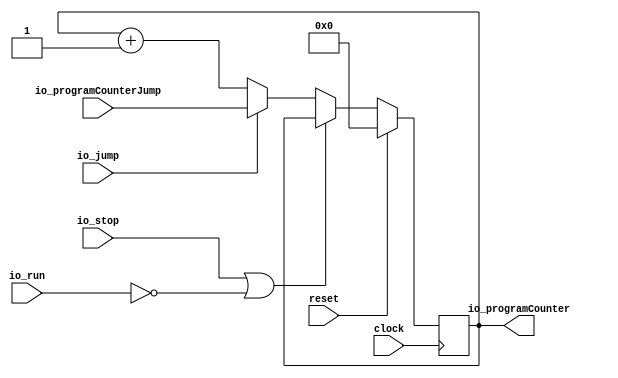
module ProgramCounter(
  input         clock,
  input         reset,
  input         io_stop,
  input         io_jump,
  input         io_run,
  input  [15:0] io_programCounterJump,
  output [15:0] io_programCounter
);
`ifdef RANDOMIZE_REG_INIT
  reg [31:0] _RAND_0;
`endif // RANDOMIZE_REG_INIT
  reg [15:0] finReg; // @[ProgramCounter.scala 15:23]
  wire  _T = ~io_run; // @[ProgramCounter.scala 17:29]
  wire  _T_1 = io_stop | _T; // @[ProgramCounter.scala 17:25]
  wire [15:0] _T_3 = finReg + 16'h1; // @[ProgramCounter.scala 17:90]
  assign io_programCounter = finReg; // @[ProgramCounter.scala 18:21]
`ifdef RANDOMIZE_GARBAGE_ASSIGN
`define RANDOMIZE
`endif
`ifdef RANDOMIZE_INVALID_ASSIGN
`define RANDOMIZE
`endif
`ifdef RANDOMIZE_REG_INIT
`define RANDOMIZE
`endif
`ifdef RANDOMIZE_MEM_INIT
`define RANDOMIZE
`endif
`ifndef RANDOM
`define RANDOM $random
`endif
`ifdef RANDOMIZE_MEM_INIT
  integer initvar;
`endif
`ifndef SYNTHESIS
`ifdef FIRRTL_BEFORE_INITIAL
`FIRRTL_BEFORE_INITIAL
`endif
initial begin
  `ifdef RANDOMIZE
    `ifdef INIT_RANDOM
      `INIT_RANDOM
    `endif
    `ifndef VERILATOR
      `ifdef RANDOMIZE_DELAY
        #`RANDOMIZE_DELAY begin end
      `else
        #0.002 begin end
      `endif
    `endif
`ifdef RANDOMIZE_REG_INIT
  _RAND_0 = {1{`RANDOM}};
  finReg = _RAND_0[15:0];
`endif // RANDOMIZE_REG_INIT
  `endif // RANDOMIZE
end // initial
`ifdef FIRRTL_AFTER_INITIAL
`FIRRTL_AFTER_INITIAL
`endif
`endif // SYNTHESIS
  always @(posedge clock) begin
    if (reset) begin
      finReg <= 16'h0;
    end else if (!(_T_1)) begin
      if (io_jump) begin
        finReg <= io_programCounterJump;
      end else begin
        finReg <= _T_3;
      end
    end
  end
endmodule
module DataMemory(
  input         clock,
  input  [15:0] io_address,
  output [31:0] io_dataRead,
  input         io_writeEnable,
  input  [31:0] io_dataWrite,
  input         io_testerEnable,
  input  [15:0] io_testerAddress,
  output [31:0] io_testerDataRead,
  input         io_testerWriteEnable,
  input  [31:0] io_testerDataWrite
);
`ifdef RANDOMIZE_MEM_INIT
  reg [31:0] _RAND_0;
`endif // RANDOMIZE_MEM_INIT
  reg [31:0] memory [0:65535]; // @[DataMemory.scala 18:20]
  wire [31:0] memory__T_data; // @[DataMemory.scala 18:20]
  wire [15:0] memory__T_addr; // @[DataMemory.scala 18:20]
  wire [31:0] memory__T_2_data; // @[DataMemory.scala 18:20]
  wire [15:0] memory__T_2_addr; // @[DataMemory.scala 18:20]
  wire [31:0] memory__T_1_data; // @[DataMemory.scala 18:20]
  wire [15:0] memory__T_1_addr; // @[DataMemory.scala 18:20]
  wire  memory__T_1_mask; // @[DataMemory.scala 18:20]
  wire  memory__T_1_en; // @[DataMemory.scala 18:20]
  wire [31:0] memory__T_3_data; // @[DataMemory.scala 18:20]
  wire [15:0] memory__T_3_addr; // @[DataMemory.scala 18:20]
  wire  memory__T_3_mask; // @[DataMemory.scala 18:20]
  wire  memory__T_3_en; // @[DataMemory.scala 18:20]
  wire [31:0] _GEN_5 = io_testerWriteEnable ? io_testerDataWrite : memory__T_data; // @[DataMemory.scala 24:32]
  wire [31:0] _GEN_11 = io_writeEnable ? io_dataWrite : memory__T_2_data; // @[DataMemory.scala 32:26]
  assign memory__T_addr = io_testerAddress;
  assign memory__T_data = memory[memory__T_addr]; // @[DataMemory.scala 18:20]
  assign memory__T_2_addr = io_address;
  assign memory__T_2_data = memory[memory__T_2_addr]; // @[DataMemory.scala 18:20]
  assign memory__T_1_data = io_testerDataWrite;
  assign memory__T_1_addr = io_testerAddress;
  assign memory__T_1_mask = 1'h1;
  assign memory__T_1_en = io_testerEnable & io_testerWriteEnable;
  assign memory__T_3_data = io_dataWrite;
  assign memory__T_3_addr = io_address;
  assign memory__T_3_mask = 1'h1;
  assign memory__T_3_en = io_testerEnable ? 1'h0 : io_writeEnable;
  assign io_dataRead = io_testerEnable ? 32'h0 : _GEN_11; // @[DataMemory.scala 23:17 DataMemory.scala 30:17 DataMemory.scala 34:19]
  assign io_testerDataRead = io_testerEnable ? _GEN_5 : 32'h0; // @[DataMemory.scala 22:23 DataMemory.scala 26:25 DataMemory.scala 31:23]
`ifdef RANDOMIZE_GARBAGE_ASSIGN
`define RANDOMIZE
`endif
`ifdef RANDOMIZE_INVALID_ASSIGN
`define RANDOMIZE
`endif
`ifdef RANDOMIZE_REG_INIT
`define RANDOMIZE
`endif
`ifdef RANDOMIZE_MEM_INIT
`define RANDOMIZE
`endif
`ifndef RANDOM
`define RANDOM $random
`endif
`ifdef RANDOMIZE_MEM_INIT
  integer initvar;
`endif
`ifndef SYNTHESIS
`ifdef FIRRTL_BEFORE_INITIAL
`FIRRTL_BEFORE_INITIAL
`endif
initial begin
  `ifdef RANDOMIZE
    `ifdef INIT_RANDOM
      `INIT_RANDOM
    `endif
    `ifndef VERILATOR
      `ifdef RANDOMIZE_DELAY
        #`RANDOMIZE_DELAY begin end
      `else
        #0.002 begin end
      `endif
    `endif
`ifdef RANDOMIZE_MEM_INIT
  _RAND_0 = {1{`RANDOM}};
  for (initvar = 0; initvar < 65536; initvar = initvar+1)
    memory[initvar] = _RAND_0[31:0];
`endif // RANDOMIZE_MEM_INIT
  `endif // RANDOMIZE
end // initial
`ifdef FIRRTL_AFTER_INITIAL
`FIRRTL_AFTER_INITIAL
`endif
`endif // SYNTHESIS
  always @(posedge clock) begin
    if(memory__T_1_en & memory__T_1_mask) begin
      memory[memory__T_1_addr] <= memory__T_1_data; // @[DataMemory.scala 18:20]
    end
    if(memory__T_3_en & memory__T_3_mask) begin
      memory[memory__T_3_addr] <= memory__T_3_data; // @[DataMemory.scala 18:20]
    end
  end
endmodule
module ProgramMemory(
  input         clock,
  input  [15:0] io_address,
  output [31:0] io_instructionRead,
  input         io_testerEnable,
  input  [15:0] io_testerAddress,
  output [31:0] io_testerDataRead,
  input         io_testerWriteEnable,
  input  [31:0] io_testerDataWrite
);
`ifdef RANDOMIZE_MEM_INIT
  reg [31:0] _RAND_0;
`endif // RANDOMIZE_MEM_INIT
  reg [31:0] memory [0:65535]; // @[ProgramMemory.scala 16:20]
  wire [31:0] memory__T_data; // @[ProgramMemory.scala 16:20]
  wire [15:0] memory__T_addr; // @[ProgramMemory.scala 16:20]
  wire [31:0] memory__T_2_data; // @[ProgramMemory.scala 16:20]
  wire [15:0] memory__T_2_addr; // @[ProgramMemory.scala 16:20]
  wire [31:0] memory__T_1_data; // @[ProgramMemory.scala 16:20]
  wire [15:0] memory__T_1_addr; // @[ProgramMemory.scala 16:20]
  wire  memory__T_1_mask; // @[ProgramMemory.scala 16:20]
  wire  memory__T_1_en; // @[ProgramMemory.scala 16:20]
  wire [31:0] _GEN_5 = io_testerWriteEnable ? io_testerDataWrite : memory__T_data; // @[ProgramMemory.scala 22:32]
  assign memory__T_addr = io_testerAddress;
  assign memory__T_data = memory[memory__T_addr]; // @[ProgramMemory.scala 16:20]
  assign memory__T_2_addr = io_address;
  assign memory__T_2_data = memory[memory__T_2_addr]; // @[ProgramMemory.scala 16:20]
  assign memory__T_1_data = io_testerDataWrite;
  assign memory__T_1_addr = io_testerAddress;
  assign memory__T_1_mask = 1'h1;
  assign memory__T_1_en = io_testerEnable & io_testerWriteEnable;
  assign io_instructionRead = io_testerEnable ? 32'h0 : memory__T_2_data; // @[ProgramMemory.scala 21:24 ProgramMemory.scala 28:24]
  assign io_testerDataRead = io_testerEnable ? _GEN_5 : 32'h0; // @[ProgramMemory.scala 20:23 ProgramMemory.scala 24:25 ProgramMemory.scala 29:23]
`ifdef RANDOMIZE_GARBAGE_ASSIGN
`define RANDOMIZE
`endif
`ifdef RANDOMIZE_INVALID_ASSIGN
`define RANDOMIZE
`endif
`ifdef RANDOMIZE_REG_INIT
`define RANDOMIZE
`endif
`ifdef RANDOMIZE_MEM_INIT
`define RANDOMIZE
`endif
`ifndef RANDOM
`define RANDOM $random
`endif
`ifdef RANDOMIZE_MEM_INIT
  integer initvar;
`endif
`ifndef SYNTHESIS
`ifdef FIRRTL_BEFORE_INITIAL
`FIRRTL_BEFORE_INITIAL
`endif
initial begin
  `ifdef RANDOMIZE
    `ifdef INIT_RANDOM
      `INIT_RANDOM
    `endif
    `ifndef VERILATOR
      `ifdef RANDOMIZE_DELAY
        #`RANDOMIZE_DELAY begin end
      `else
        #0.002 begin end
      `endif
    `endif
`ifdef RANDOMIZE_MEM_INIT
  _RAND_0 = {1{`RANDOM}};
  for (initvar = 0; initvar < 65536; initvar = initvar+1)
    memory[initvar] = _RAND_0[31:0];
`endif // RANDOMIZE_MEM_INIT
  `endif // RANDOMIZE
end // initial
`ifdef FIRRTL_AFTER_INITIAL
`FIRRTL_AFTER_INITIAL
`endif
`endif // SYNTHESIS
  always @(posedge clock) begin
    if(memory__T_1_en & memory__T_1_mask) begin
      memory[memory__T_1_addr] <= memory__T_1_data; // @[ProgramMemory.scala 16:20]
    end
  end
endmodule
module RegisterFile(
  input         clock,
  input  [4:0]  io_readReg1,
  input  [4:0]  io_readReg2,
  input         io_regWrite,
  input  [31:0] io_writeData,
  input  [4:0]  io_writeReg,
  output [31:0] io_readData1,
  output [31:0] io_readData2
);
`ifdef RANDOMIZE_REG_INIT
  reg [31:0] _RAND_0;
  reg [31:0] _RAND_1;
  reg [31:0] _RAND_2;
  reg [31:0] _RAND_3;
  reg [31:0] _RAND_4;
  reg [31:0] _RAND_5;
  reg [31:0] _RAND_6;
  reg [31:0] _RAND_7;
  reg [31:0] _RAND_8;
  reg [31:0] _RAND_9;
  reg [31:0] _RAND_10;
  reg [31:0] _RAND_11;
  reg [31:0] _RAND_12;
  reg [31:0] _RAND_13;
  reg [31:0] _RAND_14;
  reg [31:0] _RAND_15;
`endif // RANDOMIZE_REG_INIT
  reg [31:0] registerFile_0; // @[RegisterFile.scala 20:27]
  reg [31:0] registerFile_1; // @[RegisterFile.scala 20:27]
  reg [31:0] registerFile_2; // @[RegisterFile.scala 20:27]
  reg [31:0] registerFile_3; // @[RegisterFile.scala 20:27]
  reg [31:0] registerFile_4; // @[RegisterFile.scala 20:27]
  reg [31:0] registerFile_5; // @[RegisterFile.scala 20:27]
  reg [31:0] registerFile_6; // @[RegisterFile.scala 20:27]
  reg [31:0] registerFile_7; // @[RegisterFile.scala 20:27]
  reg [31:0] registerFile_8; // @[RegisterFile.scala 20:27]
  reg [31:0] registerFile_9; // @[RegisterFile.scala 20:27]
  reg [31:0] registerFile_10; // @[RegisterFile.scala 20:27]
  reg [31:0] registerFile_11; // @[RegisterFile.scala 20:27]
  reg [31:0] registerFile_12; // @[RegisterFile.scala 20:27]
  reg [31:0] registerFile_13; // @[RegisterFile.scala 20:27]
  reg [31:0] registerFile_14; // @[RegisterFile.scala 20:27]
  reg [31:0] registerFile_15; // @[RegisterFile.scala 20:27]
  wire [31:0] _GEN_1 = 4'h1 == io_readReg1[3:0] ? registerFile_1 : registerFile_0; // @[RegisterFile.scala 22:16]
  wire [31:0] _GEN_2 = 4'h2 == io_readReg1[3:0] ? registerFile_2 : _GEN_1; // @[RegisterFile.scala 22:16]
  wire [31:0] _GEN_3 = 4'h3 == io_readReg1[3:0] ? registerFile_3 : _GEN_2; // @[RegisterFile.scala 22:16]
  wire [31:0] _GEN_4 = 4'h4 == io_readReg1[3:0] ? registerFile_4 : _GEN_3; // @[RegisterFile.scala 22:16]
  wire [31:0] _GEN_5 = 4'h5 == io_readReg1[3:0] ? registerFile_5 : _GEN_4; // @[RegisterFile.scala 22:16]
  wire [31:0] _GEN_6 = 4'h6 == io_readReg1[3:0] ? registerFile_6 : _GEN_5; // @[RegisterFile.scala 22:16]
  wire [31:0] _GEN_7 = 4'h7 == io_readReg1[3:0] ? registerFile_7 : _GEN_6; // @[RegisterFile.scala 22:16]
  wire [31:0] _GEN_8 = 4'h8 == io_readReg1[3:0] ? registerFile_8 : _GEN_7; // @[RegisterFile.scala 22:16]
  wire [31:0] _GEN_9 = 4'h9 == io_readReg1[3:0] ? registerFile_9 : _GEN_8; // @[RegisterFile.scala 22:16]
  wire [31:0] _GEN_10 = 4'ha == io_readReg1[3:0] ? registerFile_10 : _GEN_9; // @[RegisterFile.scala 22:16]
  wire [31:0] _GEN_11 = 4'hb == io_readReg1[3:0] ? registerFile_11 : _GEN_10; // @[RegisterFile.scala 22:16]
  wire [31:0] _GEN_12 = 4'hc == io_readReg1[3:0] ? registerFile_12 : _GEN_11; // @[RegisterFile.scala 22:16]
  wire [31:0] _GEN_13 = 4'hd == io_readReg1[3:0] ? registerFile_13 : _GEN_12; // @[RegisterFile.scala 22:16]
  wire [31:0] _GEN_14 = 4'he == io_readReg1[3:0] ? registerFile_14 : _GEN_13; // @[RegisterFile.scala 22:16]
  wire [31:0] _GEN_17 = 4'h1 == io_readReg2[3:0] ? registerFile_1 : registerFile_0; // @[RegisterFile.scala 23:16]
  wire [31:0] _GEN_18 = 4'h2 == io_readReg2[3:0] ? registerFile_2 : _GEN_17; // @[RegisterFile.scala 23:16]
  wire [31:0] _GEN_19 = 4'h3 == io_readReg2[3:0] ? registerFile_3 : _GEN_18; // @[RegisterFile.scala 23:16]
  wire [31:0] _GEN_20 = 4'h4 == io_readReg2[3:0] ? registerFile_4 : _GEN_19; // @[RegisterFile.scala 23:16]
  wire [31:0] _GEN_21 = 4'h5 == io_readReg2[3:0] ? registerFile_5 : _GEN_20; // @[RegisterFile.scala 23:16]
  wire [31:0] _GEN_22 = 4'h6 == io_readReg2[3:0] ? registerFile_6 : _GEN_21; // @[RegisterFile.scala 23:16]
  wire [31:0] _GEN_23 = 4'h7 == io_readReg2[3:0] ? registerFile_7 : _GEN_22; // @[RegisterFile.scala 23:16]
  wire [31:0] _GEN_24 = 4'h8 == io_readReg2[3:0] ? registerFile_8 : _GEN_23; // @[RegisterFile.scala 23:16]
  wire [31:0] _GEN_25 = 4'h9 == io_readReg2[3:0] ? registerFile_9 : _GEN_24; // @[RegisterFile.scala 23:16]
  wire [31:0] _GEN_26 = 4'ha == io_readReg2[3:0] ? registerFile_10 : _GEN_25; // @[RegisterFile.scala 23:16]
  wire [31:0] _GEN_27 = 4'hb == io_readReg2[3:0] ? registerFile_11 : _GEN_26; // @[RegisterFile.scala 23:16]
  wire [31:0] _GEN_28 = 4'hc == io_readReg2[3:0] ? registerFile_12 : _GEN_27; // @[RegisterFile.scala 23:16]
  wire [31:0] _GEN_29 = 4'hd == io_readReg2[3:0] ? registerFile_13 : _GEN_28; // @[RegisterFile.scala 23:16]
  wire [31:0] _GEN_30 = 4'he == io_readReg2[3:0] ? registerFile_14 : _GEN_29; // @[RegisterFile.scala 23:16]
  assign io_readData1 = 4'hf == io_readReg1[3:0] ? registerFile_15 : _GEN_14; // @[RegisterFile.scala 22:16]
  assign io_readData2 = 4'hf == io_readReg2[3:0] ? registerFile_15 : _GEN_30; // @[RegisterFile.scala 23:16]
`ifdef RANDOMIZE_GARBAGE_ASSIGN
`define RANDOMIZE
`endif
`ifdef RANDOMIZE_INVALID_ASSIGN
`define RANDOMIZE
`endif
`ifdef RANDOMIZE_REG_INIT
`define RANDOMIZE
`endif
`ifdef RANDOMIZE_MEM_INIT
`define RANDOMIZE
`endif
`ifndef RANDOM
`define RANDOM $random
`endif
`ifdef RANDOMIZE_MEM_INIT
  integer initvar;
`endif
`ifndef SYNTHESIS
`ifdef FIRRTL_BEFORE_INITIAL
`FIRRTL_BEFORE_INITIAL
`endif
initial begin
  `ifdef RANDOMIZE
    `ifdef INIT_RANDOM
      `INIT_RANDOM
    `endif
    `ifndef VERILATOR
      `ifdef RANDOMIZE_DELAY
        #`RANDOMIZE_DELAY begin end
      `else
        #0.002 begin end
      `endif
    `endif
`ifdef RANDOMIZE_REG_INIT
  _RAND_0 = {1{`RANDOM}};
  registerFile_0 = _RAND_0[31:0];
  _RAND_1 = {1{`RANDOM}};
  registerFile_1 = _RAND_1[31:0];
  _RAND_2 = {1{`RANDOM}};
  registerFile_2 = _RAND_2[31:0];
  _RAND_3 = {1{`RANDOM}};
  registerFile_3 = _RAND_3[31:0];
  _RAND_4 = {1{`RANDOM}};
  registerFile_4 = _RAND_4[31:0];
  _RAND_5 = {1{`RANDOM}};
  registerFile_5 = _RAND_5[31:0];
  _RAND_6 = {1{`RANDOM}};
  registerFile_6 = _RAND_6[31:0];
  _RAND_7 = {1{`RANDOM}};
  registerFile_7 = _RAND_7[31:0];
  _RAND_8 = {1{`RANDOM}};
  registerFile_8 = _RAND_8[31:0];
  _RAND_9 = {1{`RANDOM}};
  registerFile_9 = _RAND_9[31:0];
  _RAND_10 = {1{`RANDOM}};
  registerFile_10 = _RAND_10[31:0];
  _RAND_11 = {1{`RANDOM}};
  registerFile_11 = _RAND_11[31:0];
  _RAND_12 = {1{`RANDOM}};
  registerFile_12 = _RAND_12[31:0];
  _RAND_13 = {1{`RANDOM}};
  registerFile_13 = _RAND_13[31:0];
  _RAND_14 = {1{`RANDOM}};
  registerFile_14 = _RAND_14[31:0];
  _RAND_15 = {1{`RANDOM}};
  registerFile_15 = _RAND_15[31:0];
`endif // RANDOMIZE_REG_INIT
  `endif // RANDOMIZE
end // initial
`ifdef FIRRTL_AFTER_INITIAL
`FIRRTL_AFTER_INITIAL
`endif
`endif // SYNTHESIS
  always @(posedge clock) begin
    if (io_regWrite) begin
      if (4'h0 == io_writeReg[3:0]) begin
        registerFile_0 <= io_writeData;
      end
    end
    if (io_regWrite) begin
      if (4'h1 == io_writeReg[3:0]) begin
        registerFile_1 <= io_writeData;
      end
    end
    if (io_regWrite) begin
      if (4'h2 == io_writeReg[3:0]) begin
        registerFile_2 <= io_writeData;
      end
    end
    if (io_regWrite) begin
      if (4'h3 == io_writeReg[3:0]) begin
        registerFile_3 <= io_writeData;
      end
    end
    if (io_regWrite) begin
      if (4'h4 == io_writeReg[3:0]) begin
        registerFile_4 <= io_writeData;
      end
    end
    if (io_regWrite) begin
      if (4'h5 == io_writeReg[3:0]) begin
        registerFile_5 <= io_writeData;
      end
    end
    if (io_regWrite) begin
      if (4'h6 == io_writeReg[3:0]) begin
        registerFile_6 <= io_writeData;
      end
    end
    if (io_regWrite) begin
      if (4'h7 == io_writeReg[3:0]) begin
        registerFile_7 <= io_writeData;
      end
    end
    if (io_regWrite) begin
      if (4'h8 == io_writeReg[3:0]) begin
        registerFile_8 <= io_writeData;
      end
    end
    if (io_regWrite) begin
      if (4'h9 == io_writeReg[3:0]) begin
        registerFile_9 <= io_writeData;
      end
    end
    if (io_regWrite) begin
      if (4'ha == io_writeReg[3:0]) begin
        registerFile_10 <= io_writeData;
      end
    end
    if (io_regWrite) begin
      if (4'hb == io_writeReg[3:0]) begin
        registerFile_11 <= io_writeData;
      end
    end
    if (io_regWrite) begin
      if (4'hc == io_writeReg[3:0]) begin
        registerFile_12 <= io_writeData;
      end
    end
    if (io_regWrite) begin
      if (4'hd == io_writeReg[3:0]) begin
        registerFile_13 <= io_writeData;
      end
    end
    if (io_regWrite) begin
      if (4'he == io_writeReg[3:0]) begin
        registerFile_14 <= io_writeData;
      end
    end
    if (io_regWrite) begin
      if (4'hf == io_writeReg[3:0]) begin
        registerFile_15 <= io_writeData;
      end
    end
  end
endmodule
module ControlUnit(
  input  [5:0] io_opcode,
  output       io_JR,
  output       io_jumpEnable,
  output       io_memToReg,
  output       io_memWrite,
  output [3:0] io_ALUOpcode,
  output       io_ALUSrc,
  output       io_regWrite,
  output       io_regDest,
  output       io_stop
);
  wire  _T = 6'h0 == io_opcode; // @[Conditional.scala 37:30]
  wire  _T_1 = 6'h1 == io_opcode; // @[Conditional.scala 37:30]
  wire  _T_2 = 6'h2 == io_opcode; // @[Conditional.scala 37:30]
  wire  _T_3 = 6'h3 == io_opcode; // @[Conditional.scala 37:30]
  wire  _T_4 = 6'h4 == io_opcode; // @[Conditional.scala 37:30]
  wire  _T_5 = 6'h5 == io_opcode; // @[Conditional.scala 37:30]
  wire  _T_6 = 6'h6 == io_opcode; // @[Conditional.scala 37:30]
  wire  _T_7 = 6'h7 == io_opcode; // @[Conditional.scala 37:30]
  wire  _T_8 = 6'h8 == io_opcode; // @[Conditional.scala 37:30]
  wire  _T_9 = 6'h9 == io_opcode; // @[Conditional.scala 37:30]
  wire  _T_10 = 6'ha == io_opcode; // @[Conditional.scala 37:30]
  wire  _T_11 = 6'hb == io_opcode; // @[Conditional.scala 37:30]
  wire  _T_12 = 6'hc == io_opcode; // @[Conditional.scala 37:30]
  wire  _T_13 = 6'hd == io_opcode; // @[Conditional.scala 37:30]
  wire  _T_14 = 6'he == io_opcode; // @[Conditional.scala 37:30]
  wire  _T_15 = 6'hf == io_opcode; // @[Conditional.scala 37:30]
  wire  _T_16 = 6'h10 == io_opcode; // @[Conditional.scala 37:30]
  wire [1:0] _GEN_1 = _T_15 ? 2'h2 : 2'h0; // @[Conditional.scala 39:67]
  wire  _GEN_3 = _T_15 ? 1'h0 : 1'h1; // @[Conditional.scala 39:67]
  wire  _GEN_4 = _T_15 ? 1'h0 : _T_16; // @[Conditional.scala 39:67]
  wire [3:0] _GEN_5 = _T_14 ? 4'h9 : {{2'd0}, _GEN_1}; // @[Conditional.scala 39:67]
  wire  _GEN_6 = _T_14 | _T_15; // @[Conditional.scala 39:67]
  wire  _GEN_7 = _T_14 ? 1'h0 : _GEN_3; // @[Conditional.scala 39:67]
  wire  _GEN_8 = _T_14 ? 1'h0 : _GEN_4; // @[Conditional.scala 39:67]
  wire [3:0] _GEN_9 = _T_13 ? 4'h8 : _GEN_5; // @[Conditional.scala 39:67]
  wire  _GEN_10 = _T_13 | _GEN_6; // @[Conditional.scala 39:67]
  wire  _GEN_11 = _T_13 ? 1'h0 : _GEN_7; // @[Conditional.scala 39:67]
  wire  _GEN_12 = _T_13 ? 1'h0 : _GEN_8; // @[Conditional.scala 39:67]
  wire  _GEN_13 = _T_12 | _GEN_10; // @[Conditional.scala 39:67]
  wire  _GEN_14 = _T_12 ? 1'h0 : _GEN_11; // @[Conditional.scala 39:67]
  wire [3:0] _GEN_16 = _T_12 ? 4'h0 : _GEN_9; // @[Conditional.scala 39:67]
  wire  _GEN_17 = _T_12 ? 1'h0 : _GEN_12; // @[Conditional.scala 39:67]
  wire [3:0] _GEN_18 = _T_11 ? 4'h7 : _GEN_16; // @[Conditional.scala 39:67]
  wire  _GEN_20 = _T_11 ? 1'h0 : _GEN_14; // @[Conditional.scala 39:67]
  wire  _GEN_21 = _T_11 ? 1'h0 : _GEN_13; // @[Conditional.scala 39:67]
  wire  _GEN_22 = _T_11 ? 1'h0 : _T_12; // @[Conditional.scala 39:67]
  wire  _GEN_23 = _T_11 ? 1'h0 : _GEN_17; // @[Conditional.scala 39:67]
  wire [3:0] _GEN_24 = _T_10 ? 4'h6 : _GEN_18; // @[Conditional.scala 39:67]
  wire  _GEN_26 = _T_10 ? 1'h0 : _T_11; // @[Conditional.scala 39:67]
  wire  _GEN_27 = _T_10 | _GEN_20; // @[Conditional.scala 39:67]
  wire  _GEN_28 = _T_10 ? 1'h0 : _GEN_21; // @[Conditional.scala 39:67]
  wire  _GEN_29 = _T_10 ? 1'h0 : _GEN_22; // @[Conditional.scala 39:67]
  wire  _GEN_30 = _T_10 ? 1'h0 : _GEN_23; // @[Conditional.scala 39:67]
  wire [3:0] _GEN_31 = _T_9 ? 4'h7 : _GEN_24; // @[Conditional.scala 39:67]
  wire  _GEN_33 = _T_9 ? 1'h0 : _T_10; // @[Conditional.scala 39:67]
  wire  _GEN_34 = _T_9 ? 1'h0 : _GEN_26; // @[Conditional.scala 39:67]
  wire  _GEN_35 = _T_9 | _GEN_27; // @[Conditional.scala 39:67]
  wire  _GEN_36 = _T_9 ? 1'h0 : _GEN_28; // @[Conditional.scala 39:67]
  wire  _GEN_37 = _T_9 ? 1'h0 : _GEN_29; // @[Conditional.scala 39:67]
  wire  _GEN_38 = _T_9 ? 1'h0 : _GEN_30; // @[Conditional.scala 39:67]
  wire [3:0] _GEN_39 = _T_8 ? 4'h5 : _GEN_31; // @[Conditional.scala 39:67]
  wire  _GEN_40 = _T_8 | _T_9; // @[Conditional.scala 39:67]
  wire  _GEN_41 = _T_8 ? 1'h0 : _GEN_33; // @[Conditional.scala 39:67]
  wire  _GEN_42 = _T_8 ? 1'h0 : _GEN_34; // @[Conditional.scala 39:67]
  wire  _GEN_43 = _T_8 | _GEN_35; // @[Conditional.scala 39:67]
  wire  _GEN_44 = _T_8 ? 1'h0 : _GEN_36; // @[Conditional.scala 39:67]
  wire  _GEN_45 = _T_8 ? 1'h0 : _GEN_37; // @[Conditional.scala 39:67]
  wire  _GEN_46 = _T_8 ? 1'h0 : _GEN_38; // @[Conditional.scala 39:67]
  wire [3:0] _GEN_47 = _T_7 ? 4'h2 : _GEN_39; // @[Conditional.scala 39:67]
  wire  _GEN_48 = _T_7 | _GEN_40; // @[Conditional.scala 39:67]
  wire  _GEN_49 = _T_7 ? 1'h0 : _GEN_41; // @[Conditional.scala 39:67]
  wire  _GEN_50 = _T_7 ? 1'h0 : _GEN_42; // @[Conditional.scala 39:67]
  wire  _GEN_51 = _T_7 | _GEN_43; // @[Conditional.scala 39:67]
  wire  _GEN_52 = _T_7 ? 1'h0 : _GEN_44; // @[Conditional.scala 39:67]
  wire  _GEN_53 = _T_7 ? 1'h0 : _GEN_45; // @[Conditional.scala 39:67]
  wire  _GEN_54 = _T_7 ? 1'h0 : _GEN_46; // @[Conditional.scala 39:67]
  wire [3:0] _GEN_55 = _T_6 ? 4'h1 : _GEN_47; // @[Conditional.scala 39:67]
  wire  _GEN_56 = _T_6 | _GEN_48; // @[Conditional.scala 39:67]
  wire  _GEN_57 = _T_6 ? 1'h0 : _GEN_49; // @[Conditional.scala 39:67]
  wire  _GEN_58 = _T_6 ? 1'h0 : _GEN_50; // @[Conditional.scala 39:67]
  wire  _GEN_59 = _T_6 | _GEN_51; // @[Conditional.scala 39:67]
  wire  _GEN_60 = _T_6 ? 1'h0 : _GEN_52; // @[Conditional.scala 39:67]
  wire  _GEN_61 = _T_6 ? 1'h0 : _GEN_53; // @[Conditional.scala 39:67]
  wire  _GEN_62 = _T_6 ? 1'h0 : _GEN_54; // @[Conditional.scala 39:67]
  wire [3:0] _GEN_63 = _T_5 ? 4'h5 : _GEN_55; // @[Conditional.scala 39:67]
  wire  _GEN_65 = _T_5 ? 1'h0 : _GEN_56; // @[Conditional.scala 39:67]
  wire  _GEN_66 = _T_5 ? 1'h0 : _GEN_57; // @[Conditional.scala 39:67]
  wire  _GEN_67 = _T_5 ? 1'h0 : _GEN_58; // @[Conditional.scala 39:67]
  wire  _GEN_68 = _T_5 | _GEN_59; // @[Conditional.scala 39:67]
  wire  _GEN_69 = _T_5 ? 1'h0 : _GEN_60; // @[Conditional.scala 39:67]
  wire  _GEN_70 = _T_5 ? 1'h0 : _GEN_61; // @[Conditional.scala 39:67]
  wire  _GEN_71 = _T_5 ? 1'h0 : _GEN_62; // @[Conditional.scala 39:67]
  wire [3:0] _GEN_72 = _T_4 ? 4'h4 : _GEN_63; // @[Conditional.scala 39:67]
  wire  _GEN_73 = _T_4 | _T_5; // @[Conditional.scala 39:67]
  wire  _GEN_74 = _T_4 ? 1'h0 : _GEN_65; // @[Conditional.scala 39:67]
  wire  _GEN_75 = _T_4 ? 1'h0 : _GEN_66; // @[Conditional.scala 39:67]
  wire  _GEN_76 = _T_4 ? 1'h0 : _GEN_67; // @[Conditional.scala 39:67]
  wire  _GEN_77 = _T_4 | _GEN_68; // @[Conditional.scala 39:67]
  wire  _GEN_78 = _T_4 ? 1'h0 : _GEN_69; // @[Conditional.scala 39:67]
  wire  _GEN_79 = _T_4 ? 1'h0 : _GEN_70; // @[Conditional.scala 39:67]
  wire  _GEN_80 = _T_4 ? 1'h0 : _GEN_71; // @[Conditional.scala 39:67]
  wire [3:0] _GEN_81 = _T_3 ? 4'h3 : _GEN_72; // @[Conditional.scala 39:67]
  wire  _GEN_82 = _T_3 | _GEN_73; // @[Conditional.scala 39:67]
  wire  _GEN_83 = _T_3 ? 1'h0 : _GEN_74; // @[Conditional.scala 39:67]
  wire  _GEN_84 = _T_3 ? 1'h0 : _GEN_75; // @[Conditional.scala 39:67]
  wire  _GEN_85 = _T_3 ? 1'h0 : _GEN_76; // @[Conditional.scala 39:67]
  wire  _GEN_86 = _T_3 | _GEN_77; // @[Conditional.scala 39:67]
  wire  _GEN_87 = _T_3 ? 1'h0 : _GEN_78; // @[Conditional.scala 39:67]
  wire  _GEN_88 = _T_3 ? 1'h0 : _GEN_79; // @[Conditional.scala 39:67]
  wire  _GEN_89 = _T_3 ? 1'h0 : _GEN_80; // @[Conditional.scala 39:67]
  wire [3:0] _GEN_90 = _T_2 ? 4'h2 : _GEN_81; // @[Conditional.scala 39:67]
  wire  _GEN_91 = _T_2 | _GEN_82; // @[Conditional.scala 39:67]
  wire  _GEN_92 = _T_2 ? 1'h0 : _GEN_83; // @[Conditional.scala 39:67]
  wire  _GEN_93 = _T_2 ? 1'h0 : _GEN_84; // @[Conditional.scala 39:67]
  wire  _GEN_94 = _T_2 ? 1'h0 : _GEN_85; // @[Conditional.scala 39:67]
  wire  _GEN_95 = _T_2 | _GEN_86; // @[Conditional.scala 39:67]
  wire  _GEN_96 = _T_2 ? 1'h0 : _GEN_87; // @[Conditional.scala 39:67]
  wire  _GEN_97 = _T_2 ? 1'h0 : _GEN_88; // @[Conditional.scala 39:67]
  wire  _GEN_98 = _T_2 ? 1'h0 : _GEN_89; // @[Conditional.scala 39:67]
  wire [3:0] _GEN_99 = _T_1 ? 4'h1 : _GEN_90; // @[Conditional.scala 39:67]
  wire  _GEN_100 = _T_1 | _GEN_91; // @[Conditional.scala 39:67]
  wire  _GEN_101 = _T_1 ? 1'h0 : _GEN_92; // @[Conditional.scala 39:67]
  wire  _GEN_102 = _T_1 ? 1'h0 : _GEN_93; // @[Conditional.scala 39:67]
  wire  _GEN_103 = _T_1 ? 1'h0 : _GEN_94; // @[Conditional.scala 39:67]
  wire  _GEN_104 = _T_1 | _GEN_95; // @[Conditional.scala 39:67]
  wire  _GEN_105 = _T_1 ? 1'h0 : _GEN_96; // @[Conditional.scala 39:67]
  wire  _GEN_106 = _T_1 ? 1'h0 : _GEN_97; // @[Conditional.scala 39:67]
  wire  _GEN_107 = _T_1 ? 1'h0 : _GEN_98; // @[Conditional.scala 39:67]
  assign io_JR = _T ? 1'h0 : _GEN_106; // @[ControlUnit.scala 21:9 ControlUnit.scala 82:13]
  assign io_jumpEnable = _T ? 1'h0 : _GEN_105; // @[ControlUnit.scala 22:17 ControlUnit.scala 80:21 ControlUnit.scala 86:21 ControlUnit.scala 91:21 ControlUnit.scala 96:21]
  assign io_memToReg = _T ? 1'h0 : _GEN_102; // @[ControlUnit.scala 25:15 ControlUnit.scala 72:19]
  assign io_memWrite = _T ? 1'h0 : _GEN_103; // @[ControlUnit.scala 26:15 ControlUnit.scala 76:19]
  assign io_ALUOpcode = _T ? 4'h0 : _GEN_99; // @[ControlUnit.scala 20:16 ControlUnit.scala 35:20 ControlUnit.scala 39:20 ControlUnit.scala 43:20 ControlUnit.scala 47:20 ControlUnit.scala 51:20 ControlUnit.scala 55:20 ControlUnit.scala 59:20 ControlUnit.scala 63:20 ControlUnit.scala 67:20 ControlUnit.scala 71:20 ControlUnit.scala 75:20 ControlUnit.scala 85:20 ControlUnit.scala 90:20 ControlUnit.scala 95:20]
  assign io_ALUSrc = _T ? 1'h0 : _GEN_101; // @[ControlUnit.scala 23:13 ControlUnit.scala 56:17 ControlUnit.scala 60:17 ControlUnit.scala 64:17 ControlUnit.scala 68:17]
  assign io_regWrite = _T ? 1'h0 : _GEN_104; // @[ControlUnit.scala 24:15 ControlUnit.scala 32:19 ControlUnit.scala 77:19 ControlUnit.scala 81:19 ControlUnit.scala 87:19 ControlUnit.scala 92:19 ControlUnit.scala 97:19]
  assign io_regDest = _T ? 1'h0 : _GEN_100; // @[ControlUnit.scala 27:14 ControlUnit.scala 36:18 ControlUnit.scala 40:18 ControlUnit.scala 44:18 ControlUnit.scala 48:18 ControlUnit.scala 52:18]
  assign io_stop = _T ? 1'h0 : _GEN_107; // @[ControlUnit.scala 28:11 ControlUnit.scala 100:15]
endmodule
module ALU(
  input  [31:0] io_operand1,
  input  [31:0] io_operand2,
  input  [3:0]  io_sel,
  output [31:0] io_result,
  output        io_compResult
);
  wire  _T = 4'h1 == io_sel; // @[Conditional.scala 37:30]
  wire [31:0] _T_3 = $signed(io_operand1) + $signed(io_operand2); // @[ALU.scala 33:32]
  wire  _T_4 = 4'h2 == io_sel; // @[Conditional.scala 37:30]
  wire [31:0] _T_7 = $signed(io_operand1) - $signed(io_operand2); // @[ALU.scala 36:31]
  wire  _T_8 = $signed(_T_7) == 32'sh0; // @[ALU.scala 38:28]
  wire  _T_9 = 4'h3 == io_sel; // @[Conditional.scala 37:30]
  wire [31:0] _T_11 = $signed(io_operand1) | $signed(io_operand2); // @[ALU.scala 41:32]
  wire  _T_12 = 4'h4 == io_sel; // @[Conditional.scala 37:30]
  wire [31:0] _T_14 = $signed(io_operand1) & $signed(io_operand2); // @[ALU.scala 44:32]
  wire  _T_15 = 4'h5 == io_sel; // @[Conditional.scala 37:30]
  wire [63:0] _T_16 = $signed(io_operand1) * $signed(io_operand2); // @[ALU.scala 47:32]
  wire  _T_17 = 4'h6 == io_sel; // @[Conditional.scala 37:30]
  wire  _T_18 = 4'h7 == io_sel; // @[Conditional.scala 37:30]
  wire  _T_19 = 4'h8 == io_sel; // @[Conditional.scala 37:30]
  wire  _T_23 = $signed(_T_7) > 32'sh0; // @[ALU.scala 58:29]
  wire  _T_24 = 4'h9 == io_sel; // @[Conditional.scala 37:30]
  wire  _T_28 = $signed(_T_7) != 32'sh0; // @[ALU.scala 63:28]
  wire [31:0] _GEN_0 = _T_24 ? $signed(_T_7) : $signed(32'sh0); // @[Conditional.scala 39:67]
  wire  _GEN_1 = _T_24 & _T_28; // @[Conditional.scala 39:67]
  wire [31:0] _GEN_2 = _T_19 ? $signed(_T_7) : $signed(_GEN_0); // @[Conditional.scala 39:67]
  wire  _GEN_3 = _T_19 ? _T_23 : _GEN_1; // @[Conditional.scala 39:67]
  wire [31:0] _GEN_4 = _T_18 ? $signed(io_operand2) : $signed(_GEN_2); // @[Conditional.scala 39:67]
  wire  _GEN_5 = _T_18 ? 1'h0 : _GEN_3; // @[Conditional.scala 39:67]
  wire [31:0] _GEN_6 = _T_17 ? $signed(io_operand1) : $signed(_GEN_4); // @[Conditional.scala 39:67]
  wire  _GEN_7 = _T_17 ? 1'h0 : _GEN_5; // @[Conditional.scala 39:67]
  wire [63:0] _GEN_8 = _T_15 ? $signed(_T_16) : $signed({{32{_GEN_6[31]}},_GEN_6}); // @[Conditional.scala 39:67]
  wire  _GEN_9 = _T_15 ? 1'h0 : _GEN_7; // @[Conditional.scala 39:67]
  wire [63:0] _GEN_10 = _T_12 ? $signed({{32{_T_14[31]}},_T_14}) : $signed(_GEN_8); // @[Conditional.scala 39:67]
  wire  _GEN_11 = _T_12 ? 1'h0 : _GEN_9; // @[Conditional.scala 39:67]
  wire [63:0] _GEN_12 = _T_9 ? $signed({{32{_T_11[31]}},_T_11}) : $signed(_GEN_10); // @[Conditional.scala 39:67]
  wire  _GEN_13 = _T_9 ? 1'h0 : _GEN_11; // @[Conditional.scala 39:67]
  wire [63:0] _GEN_14 = _T_4 ? $signed({{32{_T_7[31]}},_T_7}) : $signed(_GEN_12); // @[Conditional.scala 39:67]
  wire  _GEN_15 = _T_4 ? _T_8 : _GEN_13; // @[Conditional.scala 39:67]
  wire [63:0] _GEN_16 = _T ? $signed({{32{_T_3[31]}},_T_3}) : $signed(_GEN_14); // @[Conditional.scala 40:58]
  assign io_result = _GEN_16[31:0]; // @[ALU.scala 28:13 ALU.scala 33:17 ALU.scala 37:17 ALU.scala 41:17 ALU.scala 44:17 ALU.scala 47:17 ALU.scala 50:17 ALU.scala 53:17 ALU.scala 57:17 ALU.scala 62:17]
  assign io_compResult = _T ? 1'h0 : _GEN_15; // @[ALU.scala 30:17 ALU.scala 38:21 ALU.scala 58:21 ALU.scala 63:21]
endmodule
module CPUTop(
  input         clock,
  input         reset,
  output        io_done,
  input         io_run,
  input         io_testerDataMemEnable,
  input  [15:0] io_testerDataMemAddress,
  output [31:0] io_testerDataMemDataRead,
  input         io_testerDataMemWriteEnable,
  input  [31:0] io_testerDataMemDataWrite,
  input         io_testerProgMemEnable,
  input  [15:0] io_testerProgMemAddress,
  output [31:0] io_testerProgMemDataRead,
  input         io_testerProgMemWriteEnable,
  input  [31:0] io_testerProgMemDataWrite
);
  wire  programCounter_clock; // @[CPUTop.scala 23:30]
  wire  programCounter_reset; // @[CPUTop.scala 23:30]
  wire  programCounter_io_stop; // @[CPUTop.scala 23:30]
  wire  programCounter_io_jump; // @[CPUTop.scala 23:30]
  wire  programCounter_io_run; // @[CPUTop.scala 23:30]
  wire [15:0] programCounter_io_programCounterJump; // @[CPUTop.scala 23:30]
  wire [15:0] programCounter_io_programCounter; // @[CPUTop.scala 23:30]
  wire  dataMemory_clock; // @[CPUTop.scala 24:26]
  wire [15:0] dataMemory_io_address; // @[CPUTop.scala 24:26]
  wire [31:0] dataMemory_io_dataRead; // @[CPUTop.scala 24:26]
  wire  dataMemory_io_writeEnable; // @[CPUTop.scala 24:26]
  wire [31:0] dataMemory_io_dataWrite; // @[CPUTop.scala 24:26]
  wire  dataMemory_io_testerEnable; // @[CPUTop.scala 24:26]
  wire [15:0] dataMemory_io_testerAddress; // @[CPUTop.scala 24:26]
  wire [31:0] dataMemory_io_testerDataRead; // @[CPUTop.scala 24:26]
  wire  dataMemory_io_testerWriteEnable; // @[CPUTop.scala 24:26]
  wire [31:0] dataMemory_io_testerDataWrite; // @[CPUTop.scala 24:26]
  wire  programMemory_clock; // @[CPUTop.scala 25:29]
  wire [15:0] programMemory_io_address; // @[CPUTop.scala 25:29]
  wire [31:0] programMemory_io_instructionRead; // @[CPUTop.scala 25:29]
  wire  programMemory_io_testerEnable; // @[CPUTop.scala 25:29]
  wire [15:0] programMemory_io_testerAddress; // @[CPUTop.scala 25:29]
  wire [31:0] programMemory_io_testerDataRead; // @[CPUTop.scala 25:29]
  wire  programMemory_io_testerWriteEnable; // @[CPUTop.scala 25:29]
  wire [31:0] programMemory_io_testerDataWrite; // @[CPUTop.scala 25:29]
  wire  registerFile_clock; // @[CPUTop.scala 26:28]
  wire [4:0] registerFile_io_readReg1; // @[CPUTop.scala 26:28]
  wire [4:0] registerFile_io_readReg2; // @[CPUTop.scala 26:28]
  wire  registerFile_io_regWrite; // @[CPUTop.scala 26:28]
  wire [31:0] registerFile_io_writeData; // @[CPUTop.scala 26:28]
  wire [4:0] registerFile_io_writeReg; // @[CPUTop.scala 26:28]
  wire [31:0] registerFile_io_readData1; // @[CPUTop.scala 26:28]
  wire [31:0] registerFile_io_readData2; // @[CPUTop.scala 26:28]
  wire [5:0] controlUnit_io_opcode; // @[CPUTop.scala 27:27]
  wire  controlUnit_io_JR; // @[CPUTop.scala 27:27]
  wire  controlUnit_io_jumpEnable; // @[CPUTop.scala 27:27]
  wire  controlUnit_io_memToReg; // @[CPUTop.scala 27:27]
  wire  controlUnit_io_memWrite; // @[CPUTop.scala 27:27]
  wire [3:0] controlUnit_io_ALUOpcode; // @[CPUTop.scala 27:27]
  wire  controlUnit_io_ALUSrc; // @[CPUTop.scala 27:27]
  wire  controlUnit_io_regWrite; // @[CPUTop.scala 27:27]
  wire  controlUnit_io_regDest; // @[CPUTop.scala 27:27]
  wire  controlUnit_io_stop; // @[CPUTop.scala 27:27]
  wire [31:0] alu_io_operand1; // @[CPUTop.scala 28:19]
  wire [31:0] alu_io_operand2; // @[CPUTop.scala 28:19]
  wire [3:0] alu_io_sel; // @[CPUTop.scala 28:19]
  wire [31:0] alu_io_result; // @[CPUTop.scala 28:19]
  wire  alu_io_compResult; // @[CPUTop.scala 28:19]
  wire  _T = controlUnit_io_jumpEnable & alu_io_compResult; // @[CPUTop.scala 33:77]
  wire [31:0] _T_14 = {{16'd0}, programMemory_io_instructionRead[15:0]}; // @[CPUTop.scala 58:88]
  wire [31:0] _T_17 = alu_io_result; // @[CPUTop.scala 62:42]
  ProgramCounter programCounter ( // @[CPUTop.scala 23:30]
    .clock(programCounter_clock),
    .reset(programCounter_reset),
    .io_stop(programCounter_io_stop),
    .io_jump(programCounter_io_jump),
    .io_run(programCounter_io_run),
    .io_programCounterJump(programCounter_io_programCounterJump),
    .io_programCounter(programCounter_io_programCounter)
  );
  DataMemory dataMemory ( // @[CPUTop.scala 24:26]
    .clock(dataMemory_clock),
    .io_address(dataMemory_io_address),
    .io_dataRead(dataMemory_io_dataRead),
    .io_writeEnable(dataMemory_io_writeEnable),
    .io_dataWrite(dataMemory_io_dataWrite),
    .io_testerEnable(dataMemory_io_testerEnable),
    .io_testerAddress(dataMemory_io_testerAddress),
    .io_testerDataRead(dataMemory_io_testerDataRead),
    .io_testerWriteEnable(dataMemory_io_testerWriteEnable),
    .io_testerDataWrite(dataMemory_io_testerDataWrite)
  );
  ProgramMemory programMemory ( // @[CPUTop.scala 25:29]
    .clock(programMemory_clock),
    .io_address(programMemory_io_address),
    .io_instructionRead(programMemory_io_instructionRead),
    .io_testerEnable(programMemory_io_testerEnable),
    .io_testerAddress(programMemory_io_testerAddress),
    .io_testerDataRead(programMemory_io_testerDataRead),
    .io_testerWriteEnable(programMemory_io_testerWriteEnable),
    .io_testerDataWrite(programMemory_io_testerDataWrite)
  );
  RegisterFile registerFile ( // @[CPUTop.scala 26:28]
    .clock(registerFile_clock),
    .io_readReg1(registerFile_io_readReg1),
    .io_readReg2(registerFile_io_readReg2),
    .io_regWrite(registerFile_io_regWrite),
    .io_writeData(registerFile_io_writeData),
    .io_writeReg(registerFile_io_writeReg),
    .io_readData1(registerFile_io_readData1),
    .io_readData2(registerFile_io_readData2)
  );
  ControlUnit controlUnit ( // @[CPUTop.scala 27:27]
    .io_opcode(controlUnit_io_opcode),
    .io_JR(controlUnit_io_JR),
    .io_jumpEnable(controlUnit_io_jumpEnable),
    .io_memToReg(controlUnit_io_memToReg),
    .io_memWrite(controlUnit_io_memWrite),
    .io_ALUOpcode(controlUnit_io_ALUOpcode),
    .io_ALUSrc(controlUnit_io_ALUSrc),
    .io_regWrite(controlUnit_io_regWrite),
    .io_regDest(controlUnit_io_regDest),
    .io_stop(controlUnit_io_stop)
  );
  ALU alu ( // @[CPUTop.scala 28:19]
    .io_operand1(alu_io_operand1),
    .io_operand2(alu_io_operand2),
    .io_sel(alu_io_sel),
    .io_result(alu_io_result),
    .io_compResult(alu_io_compResult)
  );
  assign io_done = controlUnit_io_stop; // @[CPUTop.scala 68:11]
  assign io_testerDataMemDataRead = dataMemory_io_testerDataRead; // @[CPUTop.scala 78:28]
  assign io_testerProgMemDataRead = programMemory_io_testerDataRead; // @[CPUTop.scala 72:28]
  assign programCounter_clock = clock;
  assign programCounter_reset = reset;
  assign programCounter_io_stop = controlUnit_io_stop; // @[CPUTop.scala 32:26]
  assign programCounter_io_jump = controlUnit_io_JR | _T; // @[CPUTop.scala 33:26]
  assign programCounter_io_run = io_run; // @[CPUTop.scala 31:25]
  assign programCounter_io_programCounterJump = programMemory_io_instructionRead[15:0]; // @[CPUTop.scala 34:40]
  assign dataMemory_clock = clock;
  assign dataMemory_io_address = _T_17[15:0]; // @[CPUTop.scala 62:25]
  assign dataMemory_io_writeEnable = controlUnit_io_memWrite; // @[CPUTop.scala 64:29]
  assign dataMemory_io_dataWrite = registerFile_io_readData1; // @[CPUTop.scala 63:27]
  assign dataMemory_io_testerEnable = io_testerDataMemEnable; // @[CPUTop.scala 80:30]
  assign dataMemory_io_testerAddress = io_testerDataMemAddress; // @[CPUTop.scala 77:31]
  assign dataMemory_io_testerWriteEnable = io_testerDataMemWriteEnable; // @[CPUTop.scala 81:35]
  assign dataMemory_io_testerDataWrite = io_testerDataMemDataWrite; // @[CPUTop.scala 79:33]
  assign programMemory_clock = clock;
  assign programMemory_io_address = programCounter_io_programCounter; // @[CPUTop.scala 42:28]
  assign programMemory_io_testerEnable = io_testerProgMemEnable; // @[CPUTop.scala 74:33]
  assign programMemory_io_testerAddress = io_testerProgMemAddress; // @[CPUTop.scala 71:34]
  assign programMemory_io_testerWriteEnable = io_testerProgMemWriteEnable; // @[CPUTop.scala 75:38]
  assign programMemory_io_testerDataWrite = io_testerProgMemDataWrite; // @[CPUTop.scala 73:36]
  assign registerFile_clock = clock;
  assign registerFile_io_readReg1 = programMemory_io_instructionRead[20:16]; // @[CPUTop.scala 51:28]
  assign registerFile_io_readReg2 = controlUnit_io_regDest ? programMemory_io_instructionRead[15:11] : programMemory_io_instructionRead[25:21]; // @[CPUTop.scala 52:28]
  assign registerFile_io_regWrite = controlUnit_io_regWrite; // @[CPUTop.scala 54:28]
  assign registerFile_io_writeData = controlUnit_io_memToReg ? $signed(dataMemory_io_dataRead) : $signed(alu_io_result); // @[CPUTop.scala 53:29]
  assign registerFile_io_writeReg = programMemory_io_instructionRead[25:21]; // @[CPUTop.scala 50:28]
  assign controlUnit_io_opcode = programMemory_io_instructionRead[31:26]; // @[CPUTop.scala 46:25]
  assign alu_io_operand1 = registerFile_io_readData1; // @[CPUTop.scala 57:19]
  assign alu_io_operand2 = controlUnit_io_ALUSrc ? _T_14 : registerFile_io_readData2; // @[CPUTop.scala 58:19]
  assign alu_io_sel = controlUnit_io_ALUOpcode; // @[CPUTop.scala 59:14]
endmodule